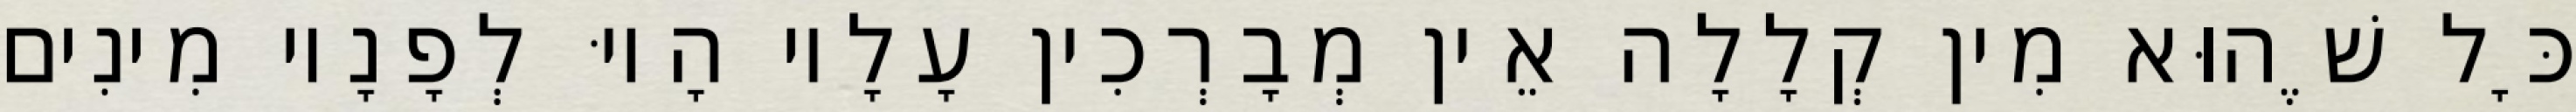
כָּל שֶׁהוּא מִין קְלָלָה אֵין מְבָרְכִין עָלָיו הָיוּ לְפָנָיו מִינִים